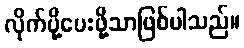
လိုက်ပို့ပေးဖို့သာဖြစ်ပါသည်။